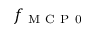
f _ { \mathrm { ~ M ~ C ~ P ~ 0 ~ } }